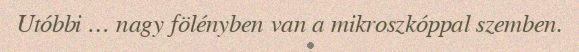
Utóbbi … nagy fölényben van a mikroszkóppal szemben.